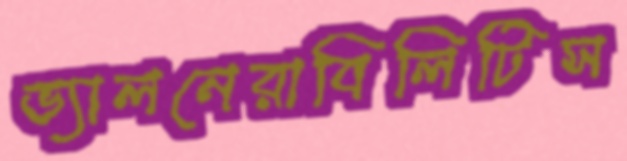
ভ্যালনেরাবিলিটিস